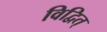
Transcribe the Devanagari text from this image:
विद्वित्